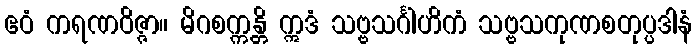
ဧဝံ ကရဏဝိဇ္ဇာ။ မိဂစက္ကန္တိ ဣဒံ သဗ္ဗသင်္ဂါဟိကံ သဗ္ဗသကုဏစတုပ္ပဒါနံ